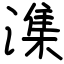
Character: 潗